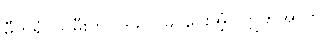
ဓီတရံ၊ သမီးကို။ ဒဿာမိ၊ ပေးအံ့။ ဣတိအာဟ၊